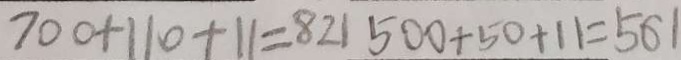
7 0 0 + 1 1 0 + 1 1 = 8 2 1 5 0 0 + 5 0 + 1 1 = 5 6 1